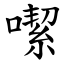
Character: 噄